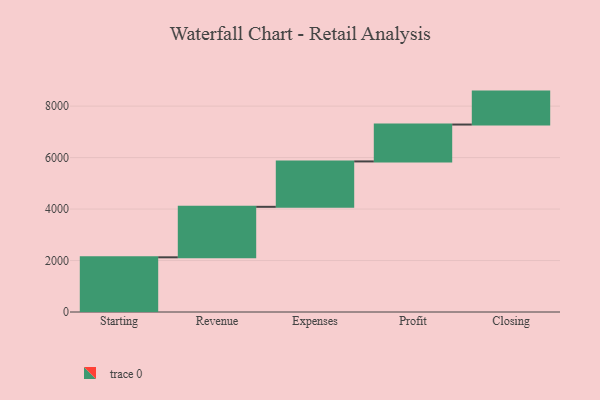
{"axis": {"x": "Step", "y": "Value"}, "legend": [""], "data": [{"x": "Starting", "y": 2125.0, "type": ""}, {"x": "Revenue", "y": 1962.0, "type": ""}, {"x": "Expenses", "y": 1764.0, "type": ""}, {"x": "Profit", "y": 1433.0, "type": ""}, {"x": "Closing", "y": 1280.0, "type": ""}]}